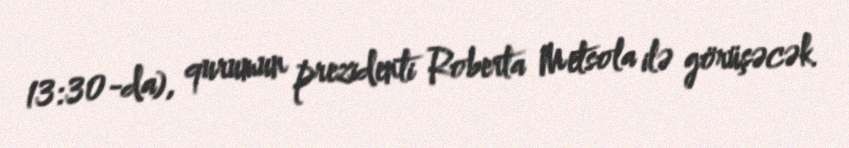
13:30-da), qurumun prezidenti Roberta Metsola ilə görüşəcək.